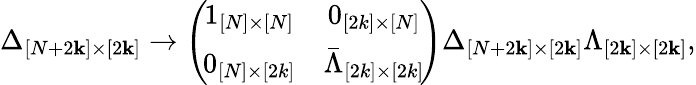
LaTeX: \Delta_{[N+2\mathbf{k}]\times[2\mathbf{k}]}\rightarrow\left(\! \begin{array}{cc}{{1_{[N]\times[N]}}}&{{0_{[2k]\times[N]}}}\\ {{0_{[N]\times[2k]}}}&{{\bar{\Lambda}_{[2k]\times[2k]}}}\end{array}\! \right)\Delta_{[N+2\mathbf{k}]\times[2\mathbf{k}]}\Lambda_{[2\mathbf{k}]\times[2\mathbf{k}]},